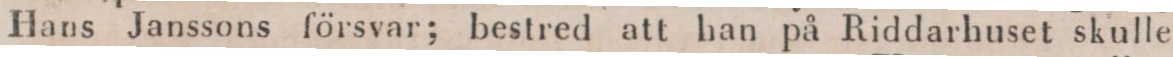
Hans Janssons försvar; bestred att han på Riddarhuset skulle